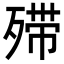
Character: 𣨼